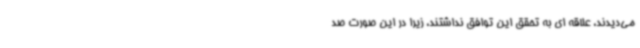
می‌دیدند، علاقه ای به تحقق این توافق نداشتند، زیرا در این صورت صد